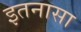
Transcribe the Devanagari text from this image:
इतनासा